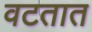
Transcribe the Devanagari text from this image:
वटतात